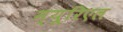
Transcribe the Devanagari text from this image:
म्यूरिएल